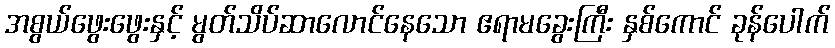
အစွယ်ဖွေးဖွေးနှင့် မွတ်သိပ်ဆာလောင်နေသော ဧရာမခွေးကြီး နှစ်ကောင် ခုန်ပေါက်